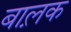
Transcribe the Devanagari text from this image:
बाल़क